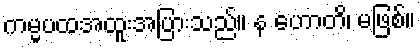
ကမ္မပထအထူးအပြားသည်။ န ဟောတိ၊ မဖြစ်။